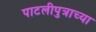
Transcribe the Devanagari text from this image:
पाटलीपुत्राच्या